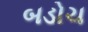
બડોચ